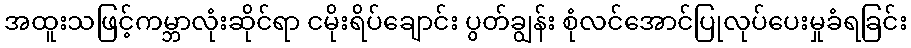
အထူးသဖြင့်ကမ္ဘာလုံးဆိုင်ရာ ငမိုးရိပ်ချောင်း ပွတ်ချွန်း စုံလင်အောင်ပြုလုပ်ပေးမှုခံရခြင်း